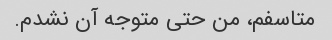
متاسفم، من حتی متوجه آن نشدم.